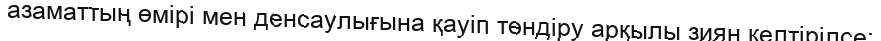
азаматтың өмірі мен денсаулығына қауіп төндіру арқылы зиян келтірілсе;